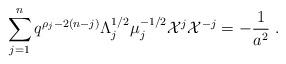
LaTeX: \begin{align*}\sum_{j=1}^n q^{\rho_j-2(n-j)}\Lambda_j^{1/2}\mu_j^{-1/2}{\cal X}^j{\cal X}^{-j}=-\frac{1}{a^2}~.\end{align*}